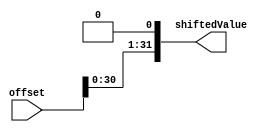

module leftshiftby1(input [31:0] offset, output reg[31:0] shiftedValue);
  always@(offset)
  begin
    shiftedValue=offset<<1;
  end
endmodule